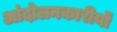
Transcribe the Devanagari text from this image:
आंदोलनकारीयों